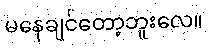
မနေချင်တော့ဘူးလေ။